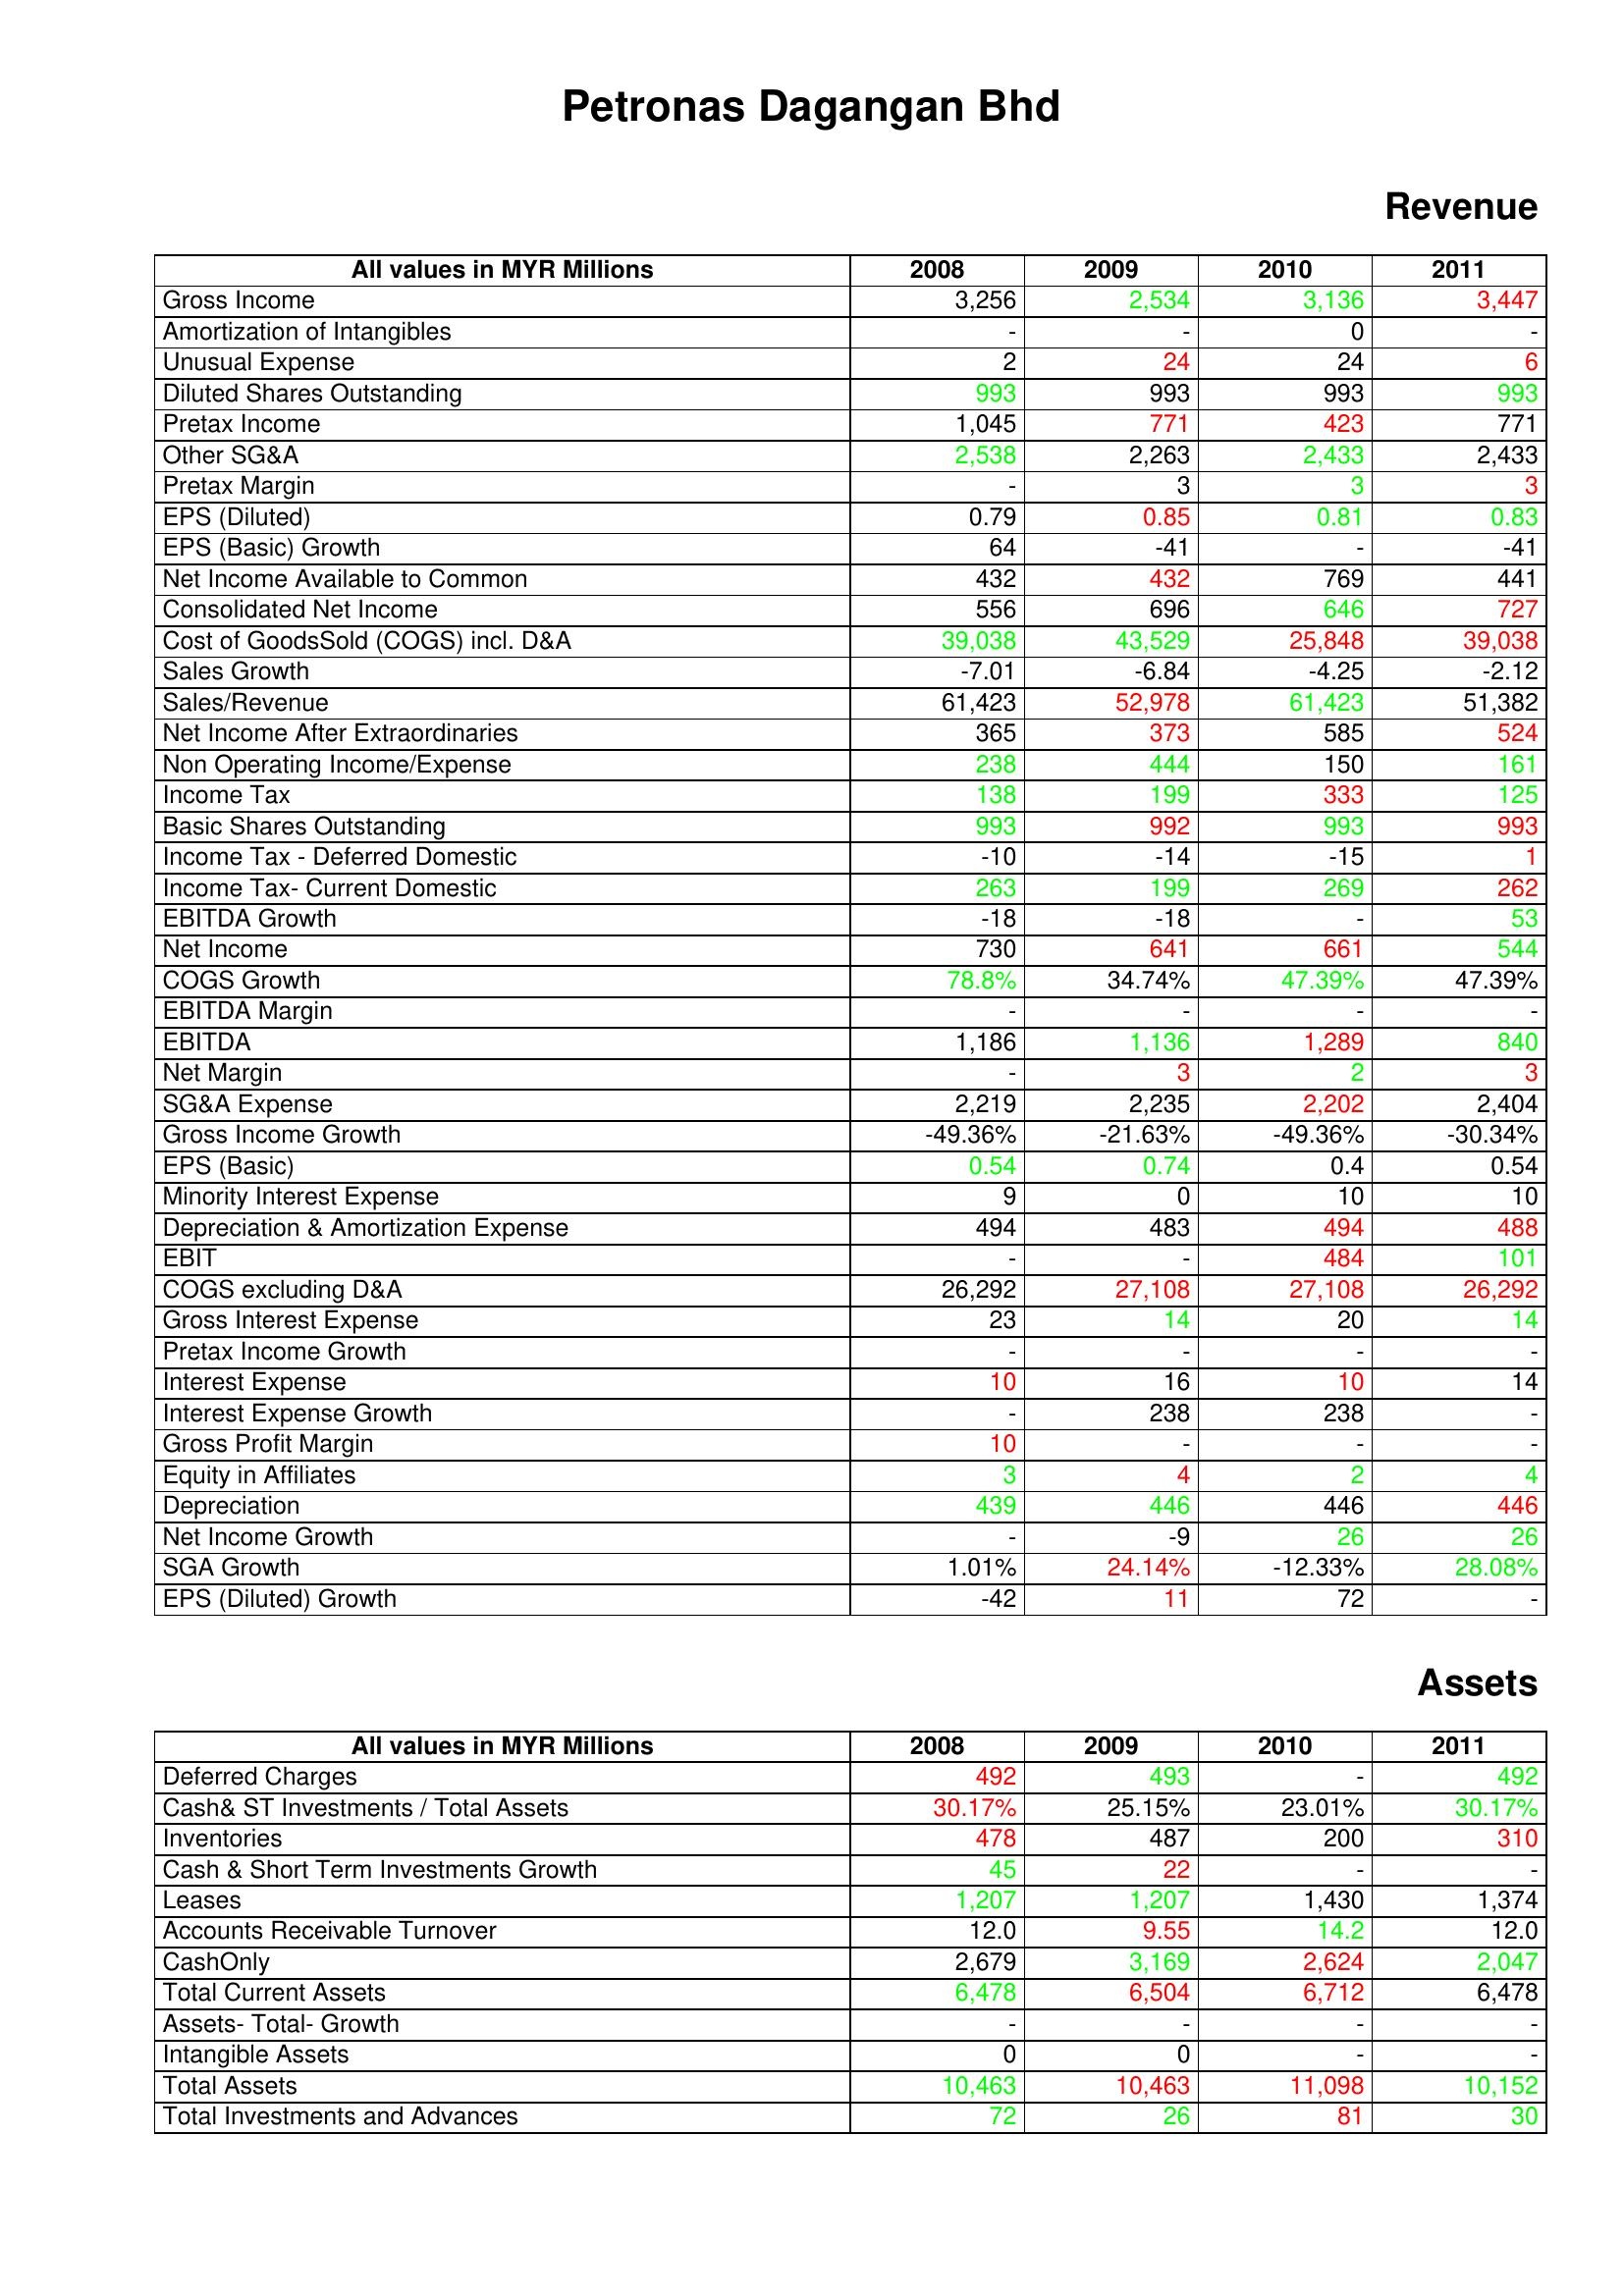
gt_parse: 2008: Revenue: Gross Income: 3,256
Amortization of Intangibles: -
Unusual Expense: 2
Diluted Shares Outstanding: 993
Pretax Income: 1,045
Other SG&A: 2,538
Pretax Margin: -
EPS (Diluted): 0.79
EPS (Basic) Growth: 64
Net Income Available to Common: 432
Consolidated Net Income: 556
Cost of GoodsSold (COGS) incl. D&A: 39,038
Sales Growth: -7.01
Sales/Revenue: 61,423
Net Income After Extraordinaries: 365
Non Operating Income/Expense: 238
Income Tax: 138
Basic Shares Outstanding: 993
Income Tax - Deferred Domestic: -10
Income Tax- Current Domestic: 263
EBITDA Growth: -18
Net Income: 730
COGS Growth: 78.8%
EBITDA Margin: -
EBITDA: 1,186
Net Margin: -
SG&A Expense: 2,219
Gross Income Growth: -49.36%
EPS (Basic): 0.54
Minority Interest Expense: 9
Depreciation & Amortization Expense: 494
EBIT: -
COGS excluding D&A: 26,292
Gross Interest Expense: 23
Pretax Income Growth: -
Interest Expense: 10
Interest Expense Growth: -
Gross Profit Margin: 10
Equity in Affiliates: 3
Depreciation: 439
Net Income Growth: -
SGA Growth: 1.01%
EPS (Diluted) Growth: -42
Assets: Deferred Charges: 492
Cash& ST Investments / Total Assets: 30.17%
Inventories: 478
Cash & Short Term Investments Growth: 45
Leases: 1,207
Accounts Receivable Turnover: 12.0
CashOnly: 2,679
Total Current Assets: 6,478
Assets- Total- Growth: -
Intangible Assets: 0
Total Assets: 10,463
Total Investments and Advances: 72
2009: Revenue: Gross Income: 2,534
Amortization of Intangibles: -
Unusual Expense: 24
Diluted Shares Outstanding: 993
Pretax Income: 771
Other SG&A: 2,263
Pretax Margin: 3
EPS (Diluted): 0.85
EPS (Basic) Growth: -41
Net Income Available to Common: 432
Consolidated Net Income: 696
Cost of GoodsSold (COGS) incl. D&A: 43,529
Sales Growth: -6.84
Sales/Revenue: 52,978
Net Income After Extraordinaries: 373
Non Operating Income/Expense: 444
Income Tax: 199
Basic Shares Outstanding: 992
Income Tax - Deferred Domestic: -14
Income Tax- Current Domestic: 199
EBITDA Growth: -18
Net Income: 641
COGS Growth: 34.74%
EBITDA Margin: -
EBITDA: 1,136
Net Margin: 3
SG&A Expense: 2,235
Gross Income Growth: -21.63%
EPS (Basic): 0.74
Minority Interest Expense: 0
Depreciation & Amortization Expense: 483
EBIT: -
COGS excluding D&A: 27,108
Gross Interest Expense: 14
Pretax Income Growth: -
Interest Expense: 16
Interest Expense Growth: 238
Gross Profit Margin: -
Equity in Affiliates: 4
Depreciation: 446
Net Income Growth: -9
SGA Growth: 24.14%
EPS (Diluted) Growth: 11
Assets: Deferred Charges: 493
Cash& ST Investments / Total Assets: 25.15%
Inventories: 487
Cash & Short Term Investments Growth: 22
Leases: 1,207
Accounts Receivable Turnover: 9.55
CashOnly: 3,169
Total Current Assets: 6,504
Assets- Total- Growth: -
Intangible Assets: 0
Total Assets: 10,463
Total Investments and Advances: 26
2010: Revenue: Gross Income: 3,136
Amortization of Intangibles: 0
Unusual Expense: 24
Diluted Shares Outstanding: 993
Pretax Income: 423
Other SG&A: 2,433
Pretax Margin: 3
EPS (Diluted): 0.81
EPS (Basic) Growth: -
Net Income Available to Common: 769
Consolidated Net Income: 646
Cost of GoodsSold (COGS) incl. D&A: 25,848
Sales Growth: -4.25
Sales/Revenue: 61,423
Net Income After Extraordinaries: 585
Non Operating Income/Expense: 150
Income Tax: 333
Basic Shares Outstanding: 993
Income Tax - Deferred Domestic: -15
Income Tax- Current Domestic: 269
EBITDA Growth: -
Net Income: 661
COGS Growth: 47.39%
EBITDA Margin: -
EBITDA: 1,289
Net Margin: 2
SG&A Expense: 2,202
Gross Income Growth: -49.36%
EPS (Basic): 0.4
Minority Interest Expense: 10
Depreciation & Amortization Expense: 494
EBIT: 484
COGS excluding D&A: 27,108
Gross Interest Expense: 20
Pretax Income Growth: -
Interest Expense: 10
Interest Expense Growth: 238
Gross Profit Margin: -
Equity in Affiliates: 2
Depreciation: 446
Net Income Growth: 26
SGA Growth: -12.33%
EPS (Diluted) Growth: 72
Assets: Deferred Charges: -
Cash& ST Investments / Total Assets: 23.01%
Inventories: 200
Cash & Short Term Investments Growth: -
Leases: 1,430
Accounts Receivable Turnover: 14.2
CashOnly: 2,624
Total Current Assets: 6,712
Assets- Total- Growth: -
Intangible Assets: -
Total Assets: 11,098
Total Investments and Advances: 81
2011: Revenue: Gross Income: 3,447
Amortization of Intangibles: -
Unusual Expense: 6
Diluted Shares Outstanding: 993
Pretax Income: 771
Other SG&A: 2,433
Pretax Margin: 3
EPS (Diluted): 0.83
EPS (Basic) Growth: -41
Net Income Available to Common: 441
Consolidated Net Income: 727
Cost of GoodsSold (COGS) incl. D&A: 39,038
Sales Growth: -2.12
Sales/Revenue: 51,382
Net Income After Extraordinaries: 524
Non Operating Income/Expense: 161
Income Tax: 125
Basic Shares Outstanding: 993
Income Tax - Deferred Domestic: 1
Income Tax- Current Domestic: 262
EBITDA Growth: 53
Net Income: 544
COGS Growth: 47.39%
EBITDA Margin: -
EBITDA: 840
Net Margin: 3
SG&A Expense: 2,404
Gross Income Growth: -30.34%
EPS (Basic): 0.54
Minority Interest Expense: 10
Depreciation & Amortization Expense: 488
EBIT: 101
COGS excluding D&A: 26,292
Gross Interest Expense: 14
Pretax Income Growth: -
Interest Expense: 14
Interest Expense Growth: -
Gross Profit Margin: -
Equity in Affiliates: 4
Depreciation: 446
Net Income Growth: 26
SGA Growth: 28.08%
EPS (Diluted) Growth: -
Assets: Deferred Charges: 492
Cash& ST Investments / Total Assets: 30.17%
Inventories: 310
Cash & Short Term Investments Growth: -
Leases: 1,374
Accounts Receivable Turnover: 12.0
CashOnly: 2,047
Total Current Assets: 6,478
Assets- Total- Growth: -
Intangible Assets: -
Total Assets: 10,152
Total Investments and Advances: 30